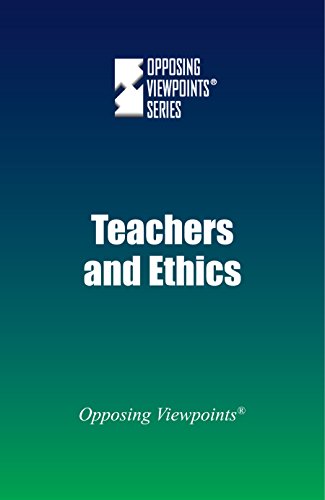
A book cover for Teachers and Ethics (Opposing Viewpoints); Greenhaven Press; Teen & Young Adult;